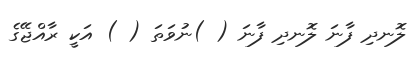
ލޮނދި ފާނަ ލޮނދި ފާނަ ( )ނުވަތަ ( ) އަކީ ރާއްޖޭގެ